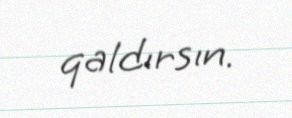
qaldırsın.